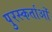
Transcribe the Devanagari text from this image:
पुरस्कर्ताओं